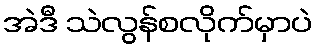
အဲဒီ သဲလွန်စလိုက်မှာပဲ